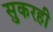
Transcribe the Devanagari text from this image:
सुकरही